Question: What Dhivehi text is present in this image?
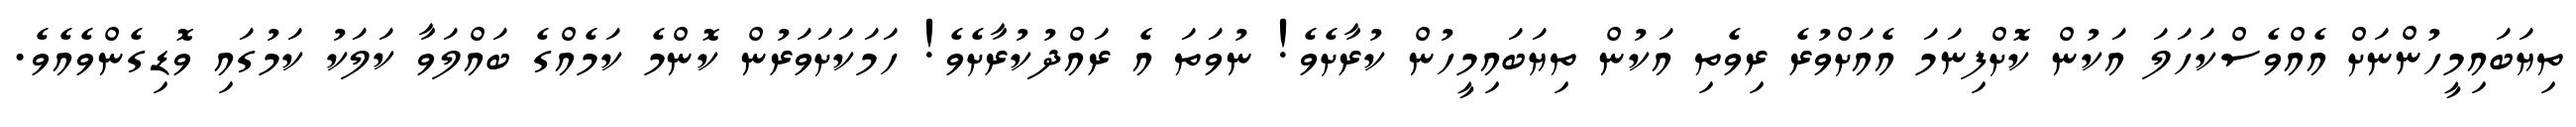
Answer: ތިޔަބައިމީހުންނަށް އެއްވެސްކަހަލަ އަކުން ކޮށްފިނަމަ އެއަށްވުރެ ރިވެތި އަކުން ތިޔަބައިމީހުން ކުރާށެވެ! ނުވަތަ އެ ރައްދުކުރާށެވެ! ހަމަކަށަވަރުން ކޮންމެ ކަމެއްގެ ބައްލަވާ ކަލަކު ކަމުގައި ވޮޑިގެންވެއެވެ.